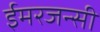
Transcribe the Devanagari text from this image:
ईमरजन्सी